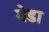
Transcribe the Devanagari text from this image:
ग्रेडा